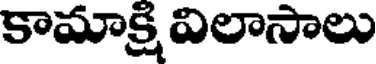
కామాక్షి విలాసాలు